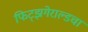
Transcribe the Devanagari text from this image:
फिट्झगेराल्डचा